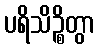
ပရိသိဉ္စိတွာ